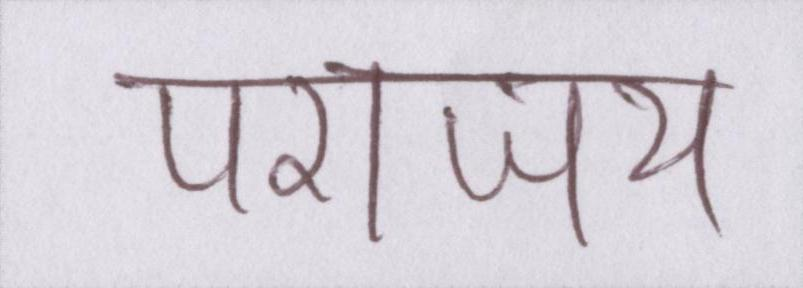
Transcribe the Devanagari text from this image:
पराजय